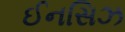
ઈનસિઝ